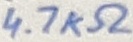
Text: 4.7KΩ